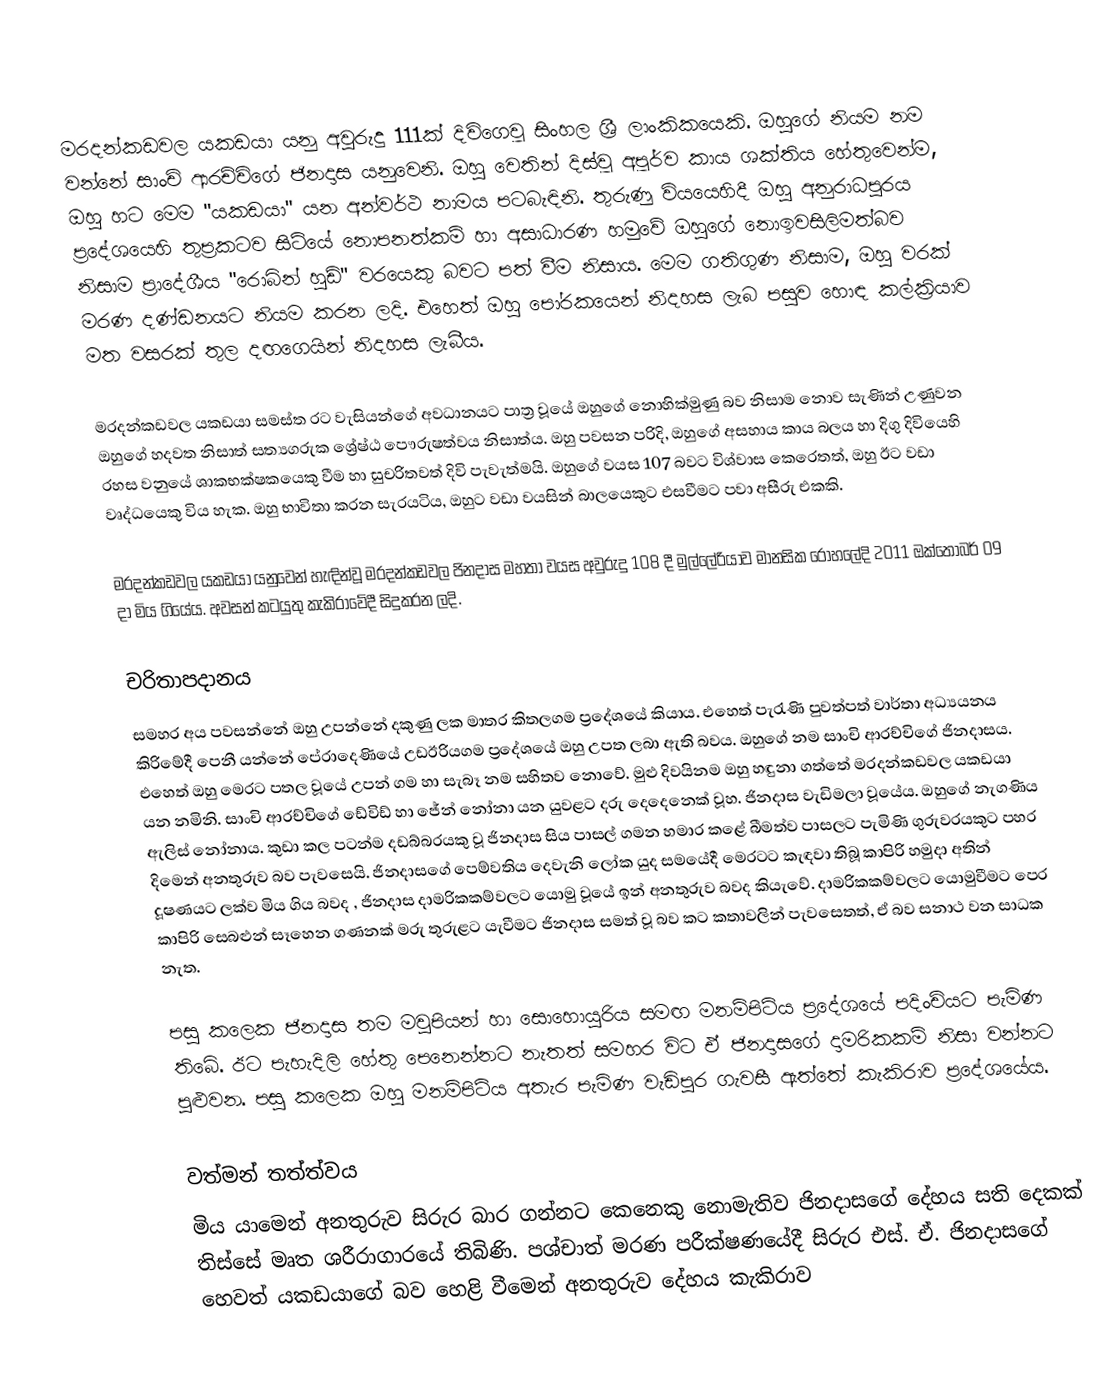
මරදන්කඩවල යකඩයා යනු අවුරුදු 111ක් දිවිගෙවූ සිංහල ශ්‍රී ලාංකිකයෙකි. ඔහුගේ නියම නම වන්නේ සාංචි ආරච්චිගේ ජිනදාස යනුවෙනි. ඔහු වෙතින් දිස්වූ අපූර්ව කාය ශක්තිය හේතුවෙන්ම, ඔහු හට මෙම "යකඩයා" යන අන්වර්ථ නාමය පටබැඳිනි. තුරුණු වියයෙහිදී ඔහු  අනුරාධපුරය ප්‍ර‍දේශයෙහි තුප්‍රකටව සිටියේ නොපනත්කම් හා අසාධාරණ හමුවේ ඔහු‍ගේ නොඉවසිලිමත්බව නිසාම ප්‍රාදේශීය  "රොබින් හුඩ්" වරයෙකු බවට පත් වීම නිසාය. මෙම ගතිගුණ නිසාම, ඔහු වරක් මරණ දණ්ඩනයට නියම කරන ලදි. එහෙත් ඔහු පෝරකයෙන් නිදහස ලැබ පසුව හොඳ කල්ක්‍රියාව මත වසරක් තුල දඟගෙයින් නිදහස ලැබීය.

මරදන්කඩවල යකඩයා සමස්ත රට වැසියන්ගේ අවධානයට පාත්‍ර වූයේ ඔහුගේ නොහික්මුණු බව නිසාම නොව  සැණින් උණුවන ඔහුගේ හදවත නිසාත් සත්‍යගරුක ශ්‍රේෂ්ඨ පෞරුෂත්වය නිසාත්ය. ඔහු පවසන පරිදි, ඔහුගේ අසහාය කාය බලය හා දිගු දිවියෙහි රහස වනුයේ ශාකභක්ෂකයෙකු වීම හා සුචරිතවත් දිවි පැවැත්මයි. ඔහුගේ වයස  107 බවට විශ්වාස කෙරෙතත්, ඔහු ඊට වඩා වෘද්ධයෙකු විය හැක. ඔහු භාවිතා කරන සැරයටිය, ඔහුට වඩා වයසින් බාලයෙකුට එසවීමට පවා අසීරු එකකි.

මරදන්කඩවල යකඩයා යනුවෙන් හැඳින්වූ මරදන්කඩවල ජිනදාස මහතා වයස අවුරුදු 108 දී මුල්ලේරියාව මානසික රොහලේදි 2011 ඔක්තෝබර් 09 දා මිය ගියේය.  අවසන් කටයුතු කැකිරාවේදී සිදුකරන ලදි.

චරිතාපදානය
සමහර අය පවසන්නේ ඔහු උපන්නේ දකුණු ලක මාතර කිතලගම ප්‍රදේශයේ කියාය. එහෙත් පැරැණි පුවත්පත් වාර්තා අධ්‍යයනය කිරිමේදී පෙනී යන්නේ පේරාදෙණියේ උඩඊරියගම ප්‍රදේශයේ ඔහු උපත ලබා ඇති බවය. ඔහුගේ නම සාංචි ආරච්චිගේ ජිනදාසය. එහෙත් ඔහු මෙරට පතල වූයේ උපන් ගම හා සැබෑ නම සහිතව නොවේ. මුළු දිවයිනම ඔහු හඳුනා ගත්තේ මරදන්කඩවල යකඩයා යන නමිනි. සාංචි ආරච්චිගේ ඩේවිඩ් හා ජේන් නෝනා යන යුවළට දරු දෙදෙනෙක් වූහ. ජිනදාස වැඩිමලා වූයේය. ඔහුගේ නැගණිය ඇලිස් නෝනාය. කුඩා කල පටන්ම දඩබ්බරයකු වූ ජිනදාස සිය පාසල් ගමන හමාර කළේ බීමත්ව පාසලට පැමිණි ගුරුවරයකුට පහර දිමෙන් අනතුරුව බව පැවසෙයි. ජිනදාසගේ පෙම්වතිය දෙවැනි ලෝක යුද සමයේදී මෙරටට කැඳවා තිබූ කාපිරි හමුදා අතින් දූෂණයට ලක්ව මිය ගිය බවද , ජිනදාස දාමරිකකම්වලට යොමු වූයේ ඉන් අනතුරුව බවද කියැවේ. දාමරිකකම්වලට යොමුවීමට පෙර කාපිරි සෙබළුන් සෑහෙන ගණනක් මරු තුරුළට යැවීමට ජිනදාස සමත් වූ බව කට කතාවලින් පැවසෙතත්, ඒ බව සනාථ වන සාධක නැත.

පසු කලෙක ජිනදාස තම මවුපියන් හා සොහොයුරිය සමඟ මනම්පිටිය ප්‍රදේශයේ පදිංචියට පැමිණ තිබේ. ඊට පැහැදිලි හේතු පෙනෙන්නට නැතත් සමහර විට ඒ ජිනදාසගේ දාමරිකකම් නිසා වන්නට පුළුවන. පසු කලෙක ඔහු මනම්පිටිය අතැර පැමිණ වැඩිපුර ගැවසී ඇත්තේ කැකිරාව ප්‍රදේශයේය.

වත්මන් තත්ත්වය
මිය යාමෙන් අනතුරුව සිරුර බාර ගන්නට කෙනෙකු නොමැතිව ජිනදාසගේ දේහය සති දෙකක් තිස්සේ මෘත ශරීරාගාරයේ තිබිණි. පශ්චාත් මරණ පරීක්ෂණයේදී සිරුර එස්. ඒ. ජිනදාසගේ හෙවත් යකඩයාගේ බව හෙළි වීමෙන් අනතුරුව දේහය කැකිරාව